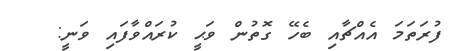
ފުރަތަމަ އެއްޗާއި ބެހޭ ގޮތުން ވަޙީ ކުރައްވާފައި ވަނީ: